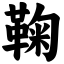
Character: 鞠